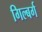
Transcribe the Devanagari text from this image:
गिल्बर्ग